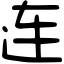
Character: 连